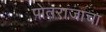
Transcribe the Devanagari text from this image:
पोतराजाचा